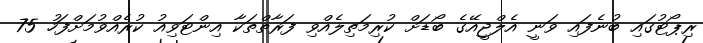
ރިޕޯޓުގައި ބުނެފައި ވަނީ އެލްޖީއޭގެ ބޯޑަށް ކުރިމަތިލެއްވި ފަރާތްތަކާ އިންޓަވިއު ކުރެއްވުމަށްފަހު 75